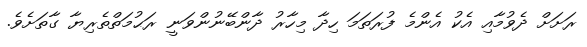
ރަށަށް ދެވުމާއި އެކު އެންމެ ފުރަތަަމަ ހިދާ މިހާރު ދާންބޭނުންވަނީ ރަޙުމަތްތެރިޔާ ގާތަށެވެ.